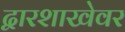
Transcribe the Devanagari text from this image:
द्वारशाखेवर